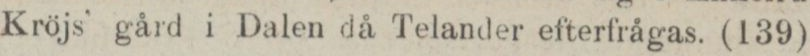
Kröjs’ gård i Dalen då Telander efterfrågas. (139)